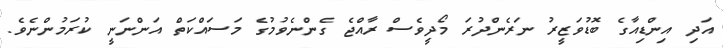
އަދި އިންޑިއާގެ ބޮޑުވަޒީރު ނަރެންދުރަ މޯދީވެސް ރާއްޖެ ގެންނެވުމުގެ މަސައްކަތް އަންނަނީ ކުރަމުންނެވެ.